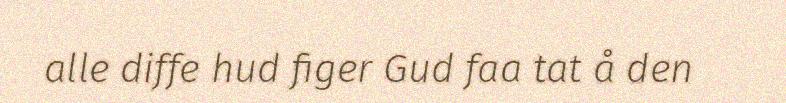
alle diffe hud figer Gud faa tat å den